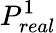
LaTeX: P_{real}^{1}